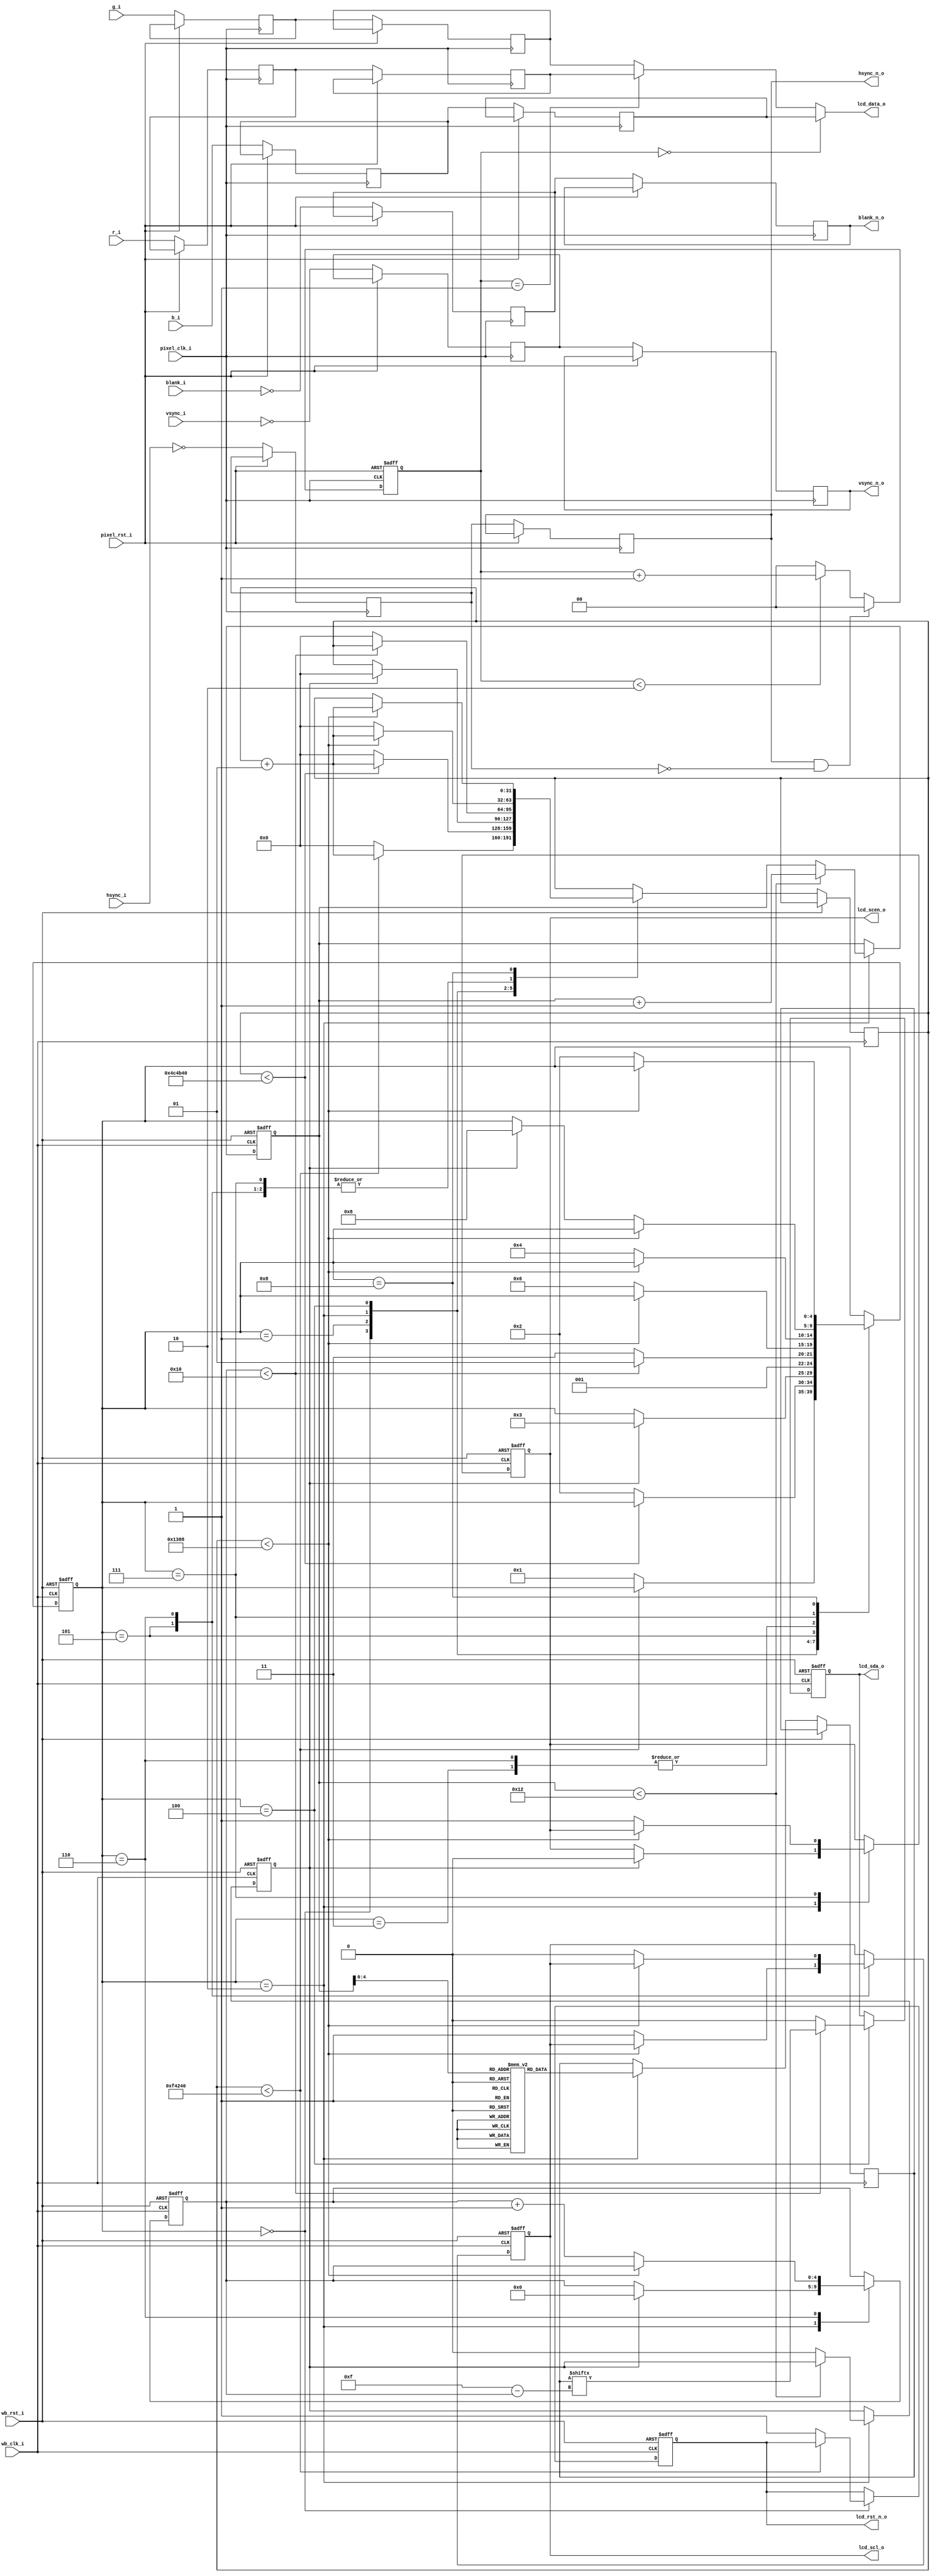
/*
 * Copyright (c) 2014, Franck Jullien <franck.jullien@gmail.com>
 * All rights reserved.
 *
 * Redistribution and use in source and non-source forms, with or without
 * modification, are permitted provided that the following conditions are met:
 *     * Redistributions of source code must retain the above copyright
 *       notice, this list of conditions and the following disclaimer.
 *     * Redistributions in non-source form must reproduce the above copyright
 *       notice, this list of conditions and the following disclaimer in the
 *       documentation and/or other materials provided with the distribution.
 *
 * THIS WORK IS PROVIDED BY THE COPYRIGHT HOLDERS AND CONTRIBUTORS "AS IS"
 * AND ANY EXPRESS OR IMPLIED WARRANTIES, INCLUDING, BUT NOT LIMITED TO,
 * THE IMPLIED WARRANTIES OF MERCHANTABILITY AND FITNESS FOR A PARTICULAR
 * PURPOSE ARE DISCLAIMED. IN NO EVENT SHALL THE COPYRIGHT HOLDER OR
 * CONTRIBUTORS BE LIABLE FOR ANY DIRECT, INDIRECT, INCIDENTAL, SPECIAL,
 * EXEMPLARY, OR CONSEQUENTIAL DAMAGES (INCLUDING, BUT NOT LIMITED TO,
 * PROCUREMENT OF SUBSTITUTE GOODS OR SERVICES;
 * LOSS OF USE, DATA, OR PROFITS; OR BUSINESS INTERRUPTION) HOWEVER CAUSED AND
 * ON ANY THEORY OF LIABILITY, WHETHER IN CONTRACT, STRICT LIABILITY, OR TORT
 * (INCLUDING NEGLIGENCE OR OTHERWISE) ARISING IN ANY WAY OUT OF THE USE OF THIS
 * WORK, EVEN IF ADVISED OF THE POSSIBILITY OF SUCH DAMAGE.
 */

module lcd_ctrl #(
	parameter WB_CLOCK_FREQUENCY = 50_000_000
)
(
	input		wb_clk_i,
	input		wb_rst_i,

	output		hsync_n_o,
	output		vsync_n_o,
	output		blank_n_o,
	output	[7:0]	lcd_data_o,
	output		lcd_rst_n_o,

	output		lcd_scen_o,
	output		lcd_scl_o,
	output		lcd_sda_o,

	input		pixel_clk_i,
	input		pixel_rst_i,

	input		hsync_i,
	input		vsync_i,
	input		blank_i,
	input [7:0]	r_i,
	input [7:0]	g_i,
	input [7:0]	b_i
);

	// FSM states
	localparam [3:0]
		LCD_RESET   = 4'h0,
		START_DELAY = 4'h1,
		IDLE        = 4'h2,
		DELAY_INIT  = 4'h3,
		START_XFER  = 4'h4,
		CLK_PULSE_0 = 4'h5,
		CLK_PULSE_1 = 4'h6,
		DONE        = 4'h7,
		WAIT        = 4'h8;

	localparam BIT_DELAY     = 100 * (WB_CLOCK_FREQUENCY / 1000000); // 100us
	localparam STARTUP_DELAY = 100 * (WB_CLOCK_FREQUENCY / 1000);    // 100ms
	localparam RESET_DELAY   = 20  * (WB_CLOCK_FREQUENCY / 1000);    // 20ms

	reg [4:0]	state;

	reg		lcd_scen;
	reg		lcd_scl;
	reg		lcd_sda;
	reg		lcd_req;

	reg [15:0]	lcd_serial_dat;
	reg [5:0]	lcd_serial_adr;
	reg [7:0]	lcd_serial_reg;

	assign		lcd_scen_o = lcd_scen;
	assign		lcd_scl_o = lcd_scl;
	assign		lcd_sda_o = lcd_sda;

	reg [7:0]	cur_reg;
	reg [4:0]	bit_idx;
	reg		lcd_rst_n;

	integer		delay;

	localparam NB_INIT_REGS  = 19;

	reg [15:0]	init_values [0:31];

	// 15                                      0
	// ++++
	// | REG ADDRESS  |  00  |      VALUE      |
	// ++++
	//     6 bits                  8 bits

	initial begin
		init_values[0] = {6'h11, 2'b00, 8'h05};
		init_values[1] = {6'h12, 2'b00, 8'h6A};
		init_values[2] = {6'h13, 2'b00, 8'hFF};
		init_values[3] = {6'h14, 2'b00, 8'h6A};
		init_values[4] = {6'h15, 2'b00, 8'hC8};
		init_values[5] = {6'h16, 2'b00, 8'h21};
		init_values[6] = {6'h17, 2'b00, 8'h77};
		init_values[7] = {6'h18, 2'b00, 8'hCC};
		init_values[8] = {6'h19, 2'b00, 8'h1F};
		init_values[9] = {6'h1A, 2'b00, 8'h71};
		init_values[10] = {6'h1B, 2'b00, 8'hC1};
		init_values[11] = {6'h1C, 2'b00, 8'h11};
		init_values[12] = {6'h1D, 2'b00, 8'h60};
		init_values[13] = {6'h1E, 2'b00, 8'hAE};
		init_values[14] = {6'h1F, 2'b00, 8'hFC};
		init_values[15] = {6'h20, 2'b00, 8'hF0};
		init_values[16] = {6'h21, 2'b00, 8'hF0};

		// R03[7]  : Hardware or Software selection for resolution
		// R03[6]  : Pre-charge ON/OFF      (default '1', Pre-charge enable)
		// R03[5:4]: Driving capability     (default '01', 100%)
		// R03[3]  : PWM output ON/OFF      (default '1', PWM enable)
		// R03[2]  : VGL pump output ON/OFF (default '1', VGL pump enable)
		// R03[1]  : CP_CLK output ON/OFF   (default '1', CP_CLK enable)
		// R03[0]  : Power management       (default '1', Normal operation)
		init_values[17] = {6'h03, 2'b00, 8'h5F};

		// R02[2:0] Resolution selection
		//
		//          Input      Output
		// 000 :   400x240    800x480
		// 001 :   480x272    800x480
		// 010 :   -------    -------
		// 011 :   -------    -------
		// 100 :   -------    -------
		// 101 :   480x272    480x272
		// 110 :   -------    -------
		// 111 :   800x480    800x480
		init_values[18] = {6'h02, 2'b00, 8'h07};
	end

	//-----------------------------------------------
	//                   LCD INIT
	//-----------------------------------------------

	assign	lcd_rst_n_o = lcd_rst_n;

	always @(posedge wb_clk_i or posedge wb_rst_i)
		if (wb_rst_i) begin
			state		<= LCD_RESET;
			lcd_scen	<= 1'b1;
			lcd_scl		<= 1'b0;
			lcd_sda		<= 1'b1;
			cur_reg		<= 0;
			bit_idx		<= 0;
			lcd_req		<= 1'b1;
			lcd_rst_n	<= 1'b0;
		end else begin
			case (state)

			// Reset the LCD
			LCD_RESET: begin
				if (delay < RESET_DELAY)
					delay <= delay + 1;
				else begin
					delay <= 0;
					lcd_rst_n <= 1'b1;
					state <= START_DELAY;
				end
			end

			// Wait for 100ms before we do anything
			START_DELAY: begin
				if (delay < STARTUP_DELAY)
					delay <= delay + 1;
				else begin
					delay <= 0;
					state <= IDLE;
				end
			end

			// Load the new reg value then start
			IDLE: begin
				if (cur_reg < (NB_INIT_REGS - 1))
					cur_reg <= cur_reg + 1;
				else
					lcd_req <= 1'b0;

				lcd_serial_dat <= init_values[cur_reg];
				if (lcd_req) begin
					lcd_scen	<= 1'b0;
					bit_idx		<= 0;
					delay		<= 0;
					state		<= DELAY_INIT;
				end
			end

			// SDA setup time (ts0)
			DELAY_INIT: begin
				if (delay < BIT_DELAY)
					delay	<= delay + 1;
				else begin
					delay	<= 0;
					state	<= START_XFER;
				end
			end

			START_XFER: begin
				lcd_sda <= lcd_serial_dat[15-bit_idx];
				if (bit_idx < 16) begin
					state	<= CLK_PULSE_0;
				end else begin
					lcd_sda	<= 1'b0;
					delay	<= 0;
					state	<= DONE;
				end
			end

			CLK_PULSE_0: begin
				if (delay < BIT_DELAY)
					delay	<= delay + 1;
				else begin
					delay	<= 0;
					state	<= CLK_PULSE_1;
					lcd_scl	<= 1'b1;
				end
			end

			CLK_PULSE_1: begin
				if (delay < BIT_DELAY)
					delay	<= delay + 1;
				else begin
					delay	<= 0;
					lcd_scl	<= 1'b0;
					state	<= START_XFER;
					bit_idx	<= bit_idx + 1;
				end
			end

			DONE: begin
				if (delay < BIT_DELAY)
					delay	<= delay + 1;
				else begin
					lcd_scen<= 1'b1;
					delay	<= 0;
					if (lcd_req)
						state <= WAIT;
				end
			end

			// SDA hold time (th0)
			WAIT: begin
				if (delay < BIT_DELAY)
					delay	<= delay + 1;
				else
					state	<= IDLE;
			end

			endcase
		end

	//-----------------------------------------------
	//                   PIXEL MUX
	//-----------------------------------------------

	reg [1:0]	pix_count;

	reg		hsync_r, hsync_r2;
	reg		vsync_r, vsync_r2;
	reg		blank_r, blank_r2;
	reg [7:0]	r_r, r_r2;
	reg [7:0]	g_r, g_r2;
	reg [7:0]	b_r, b_r2;

	assign hsync_n_o = hsync_r2;
	assign vsync_n_o = vsync_r2;
	assign blank_n_o = blank_r2;

	assign lcd_data_o = (pix_count == 0) ? b_r2 : (pix_count == 1) ? r_r2 : g_r2;

	always @(posedge pixel_clk_i or posedge pixel_rst_i)
	begin
		if (pixel_rst_i == 1) begin
			pix_count	<= 2'b0;
		end else begin

			hsync_r2 <= hsync_r; hsync_r <= ~hsync_i;
			vsync_r2 <= vsync_r; vsync_r <= ~vsync_i;
			blank_r2 <= blank_r; blank_r <= ~blank_i;

			r_r2 <= r_r; r_r <= r_i;
			g_r2 <= g_r; g_r <= g_i;
			b_r2 <= b_r; b_r <= b_i;

			if (pix_count < 2)
				pix_count <= pix_count + 1;
			else
				pix_count <= 0;

			if (hsync_r2 && !hsync_r)
				pix_count <= 0;

			end
	end

endmodule